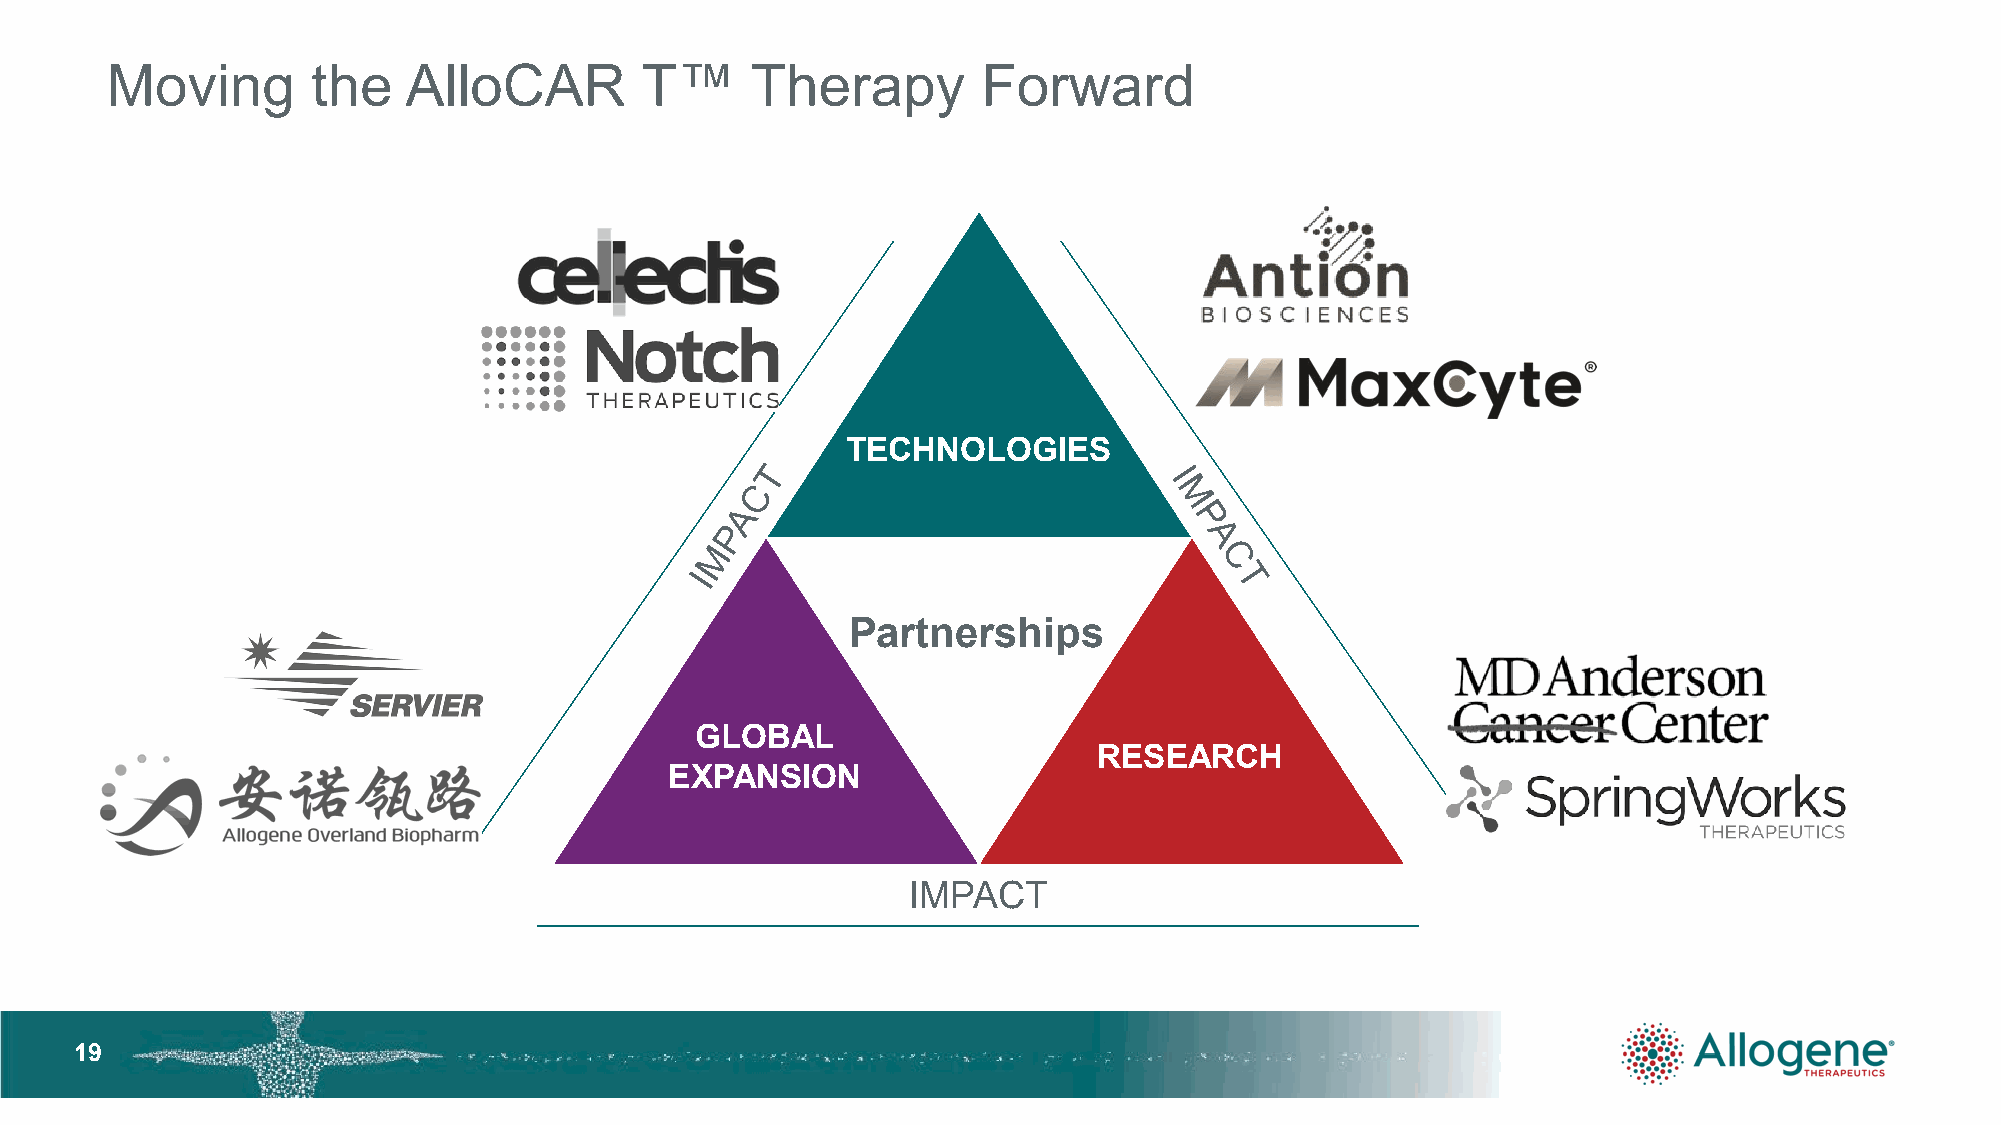
Moving        the   AlloCAR        T™      Therapy        Forward
 TECHNOLOGIES
 Partnerships
 GLOBAL
 RESEARCH
 EXPANSION
 IMPACT
 1199